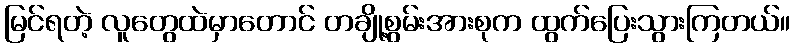
မြင်ရတဲ့ လူတွေထဲမှာတောင် တချို့စွမ်းအားစုက ထွက်ပြေးသွားကြတယ်။